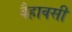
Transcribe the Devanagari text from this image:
वैहावसी